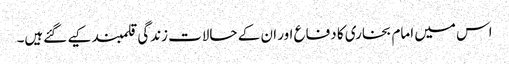
اس میں امام بخاری کا دفاع اور ان کے حالات زندگی قلمبند کیے گئےہیں۔